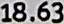
18.63